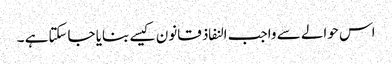
اس حوالے سے واجب النفاذ قانون کیسے بنایا جاسکتاہے ۔